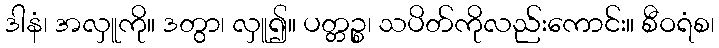
ဒါနံ၊ အလှူကို။ ဒတွာ၊ လှူ၍။ ပတ္တဉ္စ၊ သပိတ်ကိုလည်းကောင်း။ စီဝရံစ၊